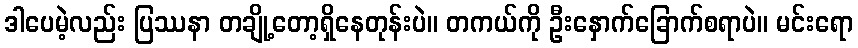
ဒါပေမဲ့လည်း ပြဿနာ တချို့တော့ရှိနေတုန်းပဲ။ တကယ်ကို ဦးနှောက်ခြောက်စရာပဲ။ မင်းရော